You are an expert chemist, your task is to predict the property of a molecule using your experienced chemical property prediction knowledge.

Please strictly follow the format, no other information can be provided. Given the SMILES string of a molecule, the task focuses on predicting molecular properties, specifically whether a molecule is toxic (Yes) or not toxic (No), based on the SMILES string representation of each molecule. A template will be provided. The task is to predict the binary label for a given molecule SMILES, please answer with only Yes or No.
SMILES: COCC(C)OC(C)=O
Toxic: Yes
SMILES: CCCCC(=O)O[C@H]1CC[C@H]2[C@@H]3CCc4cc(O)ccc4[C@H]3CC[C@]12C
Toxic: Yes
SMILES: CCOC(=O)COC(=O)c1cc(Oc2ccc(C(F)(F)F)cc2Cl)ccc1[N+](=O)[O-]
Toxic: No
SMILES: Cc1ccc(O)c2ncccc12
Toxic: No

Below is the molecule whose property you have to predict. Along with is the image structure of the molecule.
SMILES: N#CCc1ccccc1
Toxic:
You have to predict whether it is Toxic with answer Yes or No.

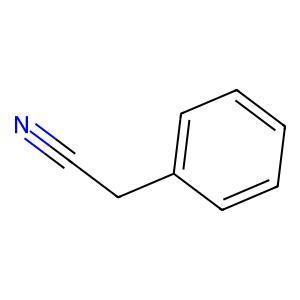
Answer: No